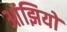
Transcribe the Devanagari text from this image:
आंझियो